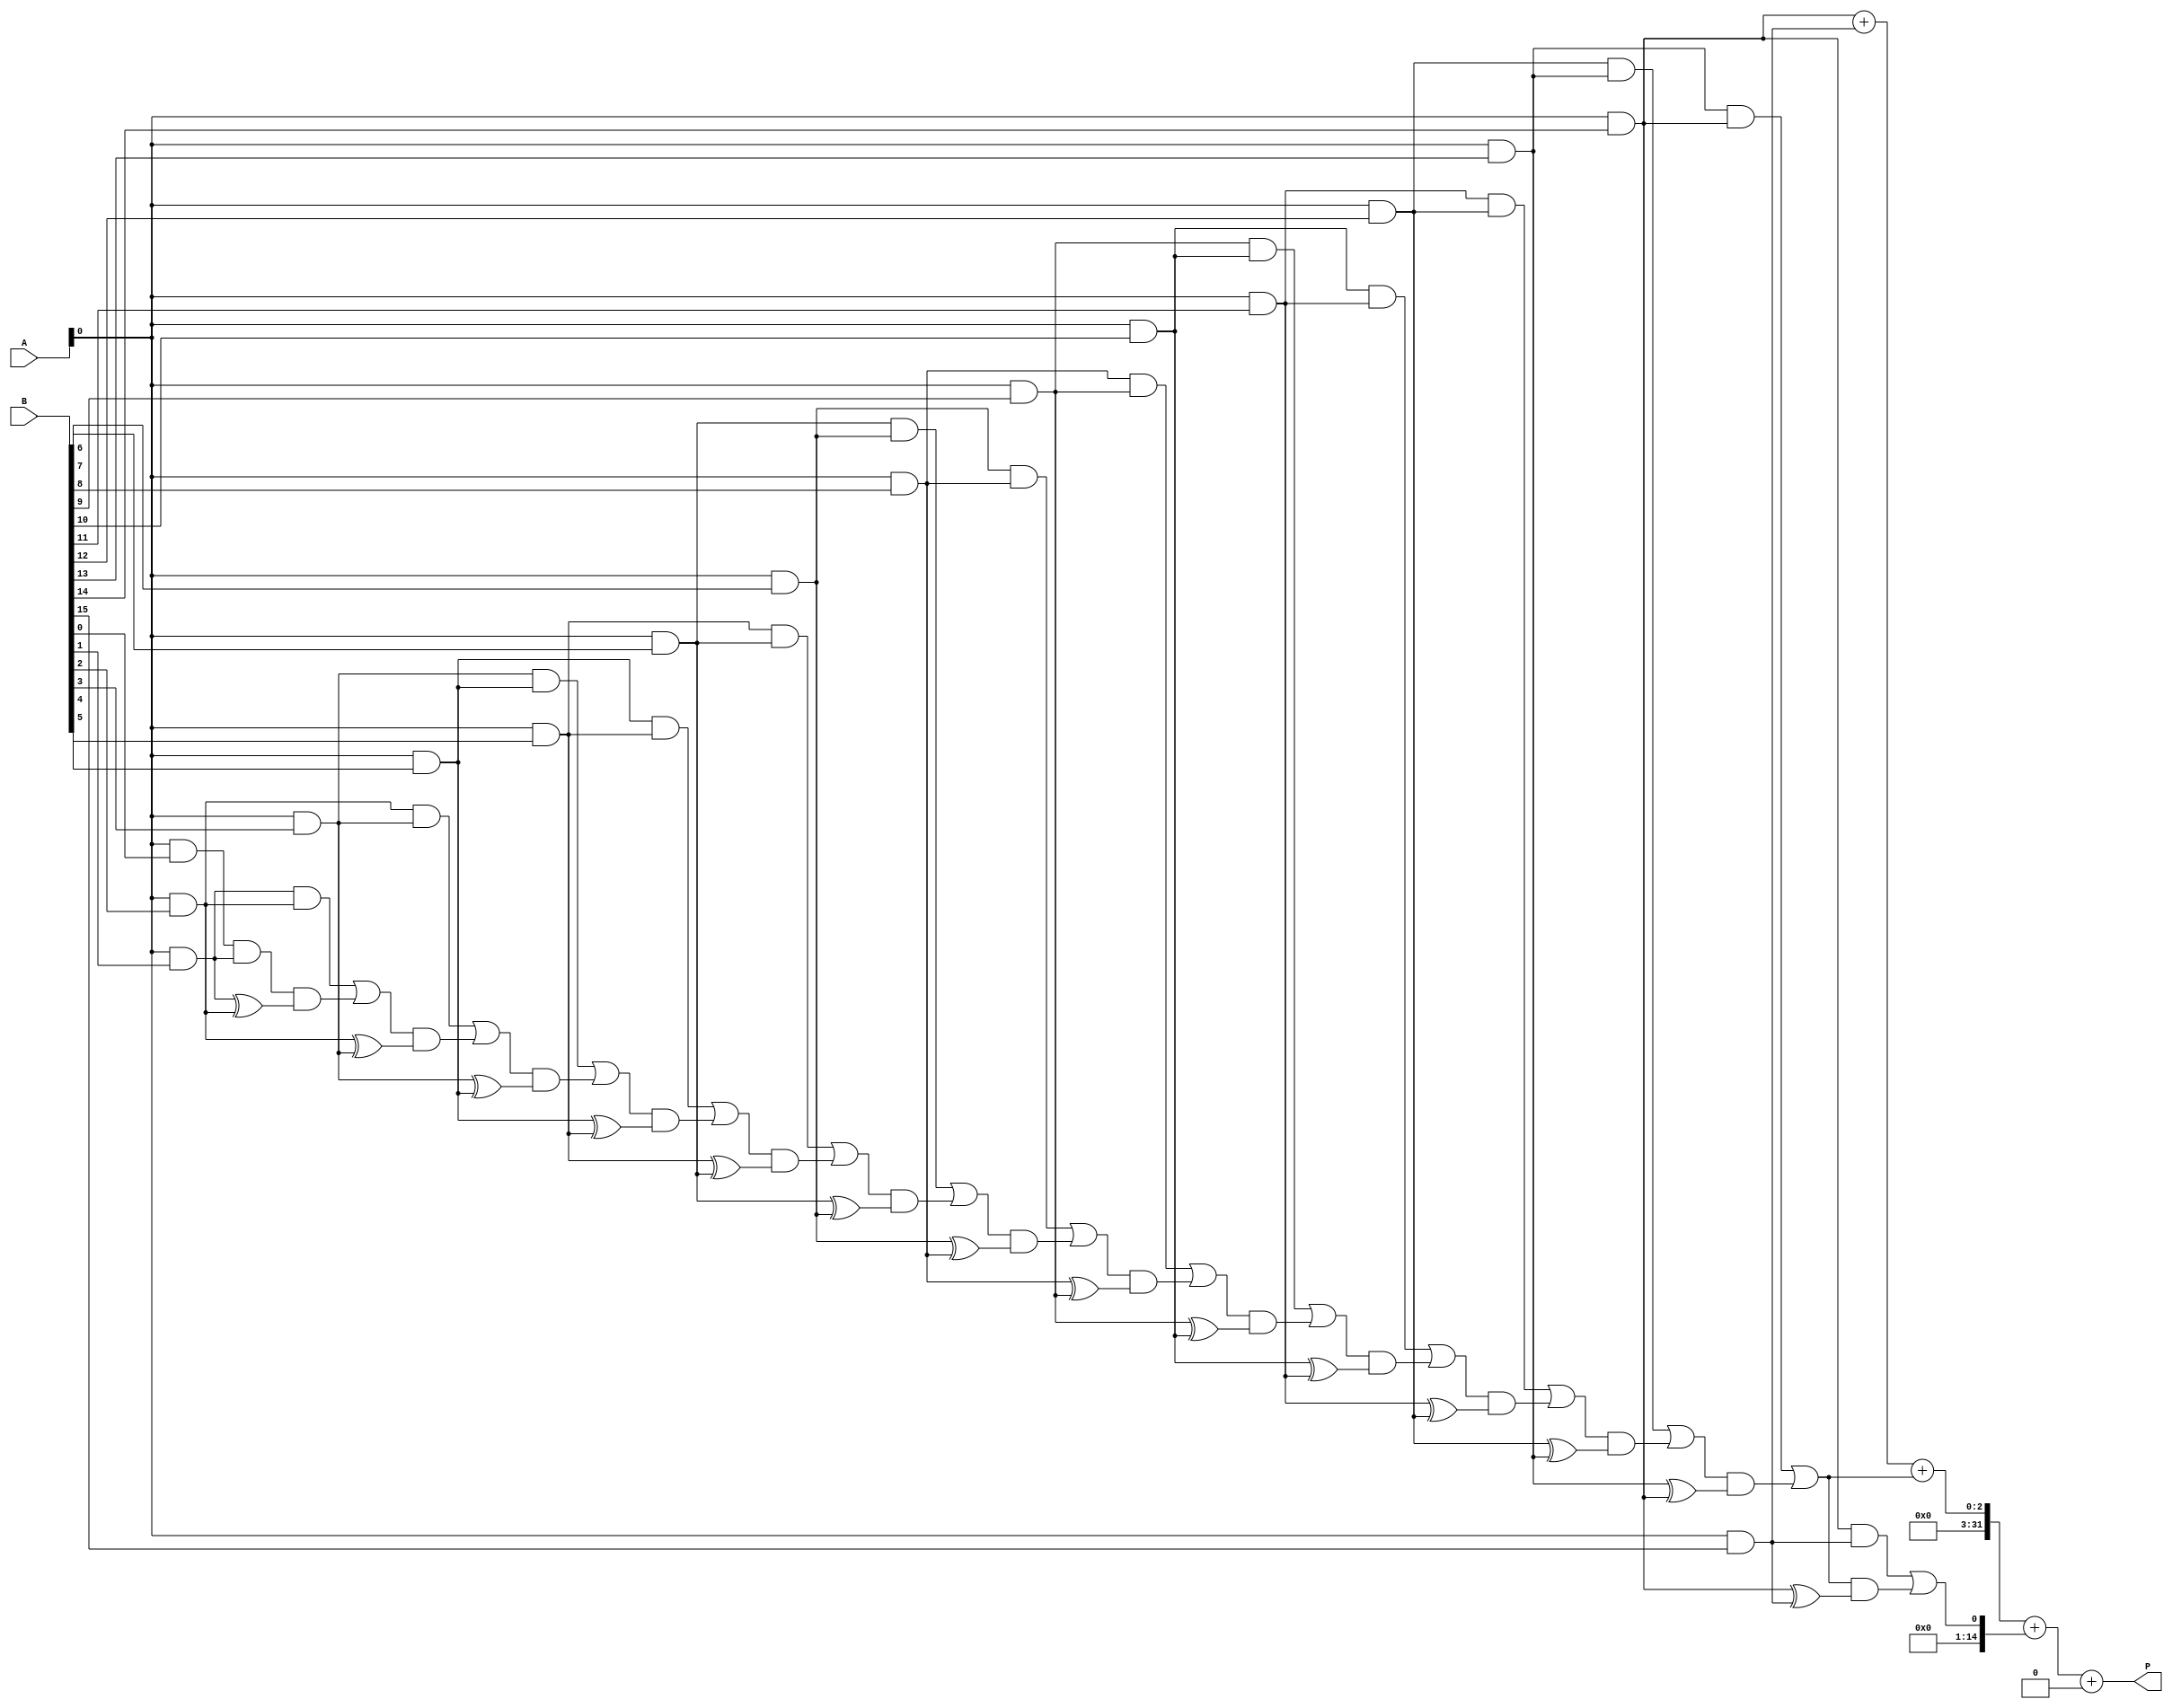
module FixedPointWallaceTreeMultiplier #(
    parameter WIDTH_A = 16,  // Bit width for operand A
    parameter WIDTH_B = 16,  // Bit width for operand B
    parameter FRACTIONAL_BITS = 8 // Number of fractional bits
)(
    input wire [WIDTH_A-1:0] A, // First operand (multiplicand)
    input wire [WIDTH_B-1:0] B, // Second operand (multiplier)
    output wire [(WIDTH_A + WIDTH_B - 1):0] P // Product output
);

    // Partial products generation
    wire [WIDTH_A-1:0] partial_products[0:WIDTH_B-1];
    genvar i;
    generate
        for (i = 0; i < WIDTH_B; i = i + 1) begin
            assign partial_products[i] = A & {WIDTH_A{B[i]}};
        end
    endgenerate

    // Wallace Tree Reduction logic
    wire [WIDTH_A+WIDTH_B-1:0] sum[0:WIDTH_B-2];
    wire [WIDTH_B-2:0] carry[0:WIDTH_B-2];

    // Stage 1 reduction
    generate
        for (i = 0; i < WIDTH_B-1; i = i + 1) begin
            if (i == 0) begin
                assign sum[i] = partial_products[i][0] + partial_products[i+1][0];
                assign carry[i] = (partial_products[i][0] & partial_products[i+1][0]);
            end else begin
                assign sum[i] = partial_products[i][0] + partial_products[i+1][0] + carry[i-1];
                assign carry[i] = (partial_products[i][0] & partial_products[i+1][0]) | (carry[i-1] & (partial_products[i][0] ^ partial_products[i+1][0]));
            end
        end
    endgenerate

    // Continue reduction
    // Depending on the number of widths we may need more stages
    // For a simple implementation, let's assume we reduce to two stages:
    wire [WIDTH_A+WIDTH_B-1:0] final_sum;
    wire final_carry;

    assign final_sum = sum[WIDTH_B-2] + carry[WIDTH_B-2];
    assign final_carry = 0; // Adjust carry accordingly if needed

    // Final product assembly after carry calculation
    assign P = final_sum + final_carry;

endmodule